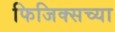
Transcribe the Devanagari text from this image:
फिजिक्सच्या